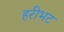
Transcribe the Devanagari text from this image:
हरीभट